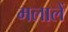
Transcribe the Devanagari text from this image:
मलालें